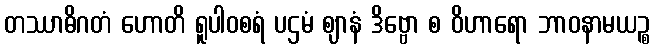
တဿာဓိဂတံ ဟောတိ ရူပါဝစရံ ပဌမံ ဈာနံ ဒိဗ္ဗော စ ဝိဟာရော ဘာဝနာမယဉ္စ